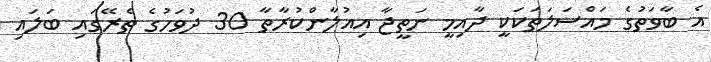
އެ ބާވަތުގެ މައްސަލަތަކަކީ ދާއިމީ ނަތީޖާ އިއުލާންކުރާތާ 30 ދުވަހުގެ ތެރޭގައި ބަލައި